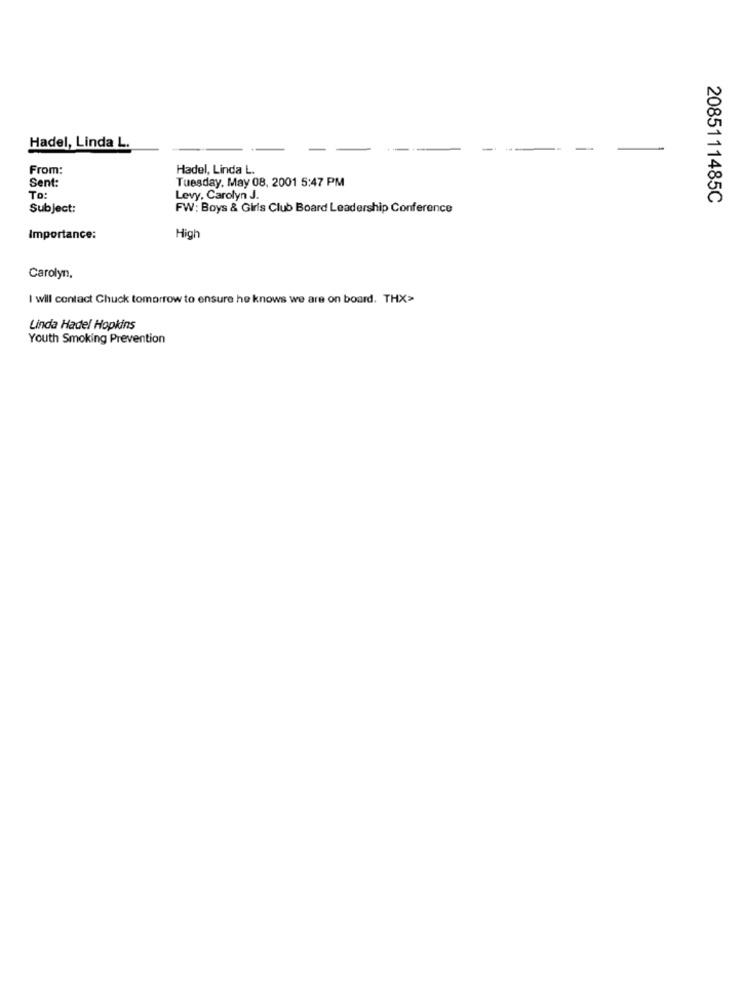
Hadel, Linda L.
From:
Hadel, Linda L.
Sent:
Tuesday, May 08, 2001 5:47 PM
To:
Levy, Carolyn J.
2085111485C
Subject:
FW: Boys & Girls Club Board Leadership Conference
Importance:
High
Carolyn,
I will contact Chuck tomorrow to ensure he knows we are on board. THX>
Linda Hadel Hopkins
Youth Smoking Prevention